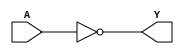
module notgate (
  A,
  Y
  );
  
  parameter DATA_WIDTH = 1;
   
  input  [DATA_WIDTH-1:0] A;
  output [DATA_WIDTH-1:0] Y;
  
  wire   [DATA_WIDTH-1:0] A;
  wire   [DATA_WIDTH-1:0] Y;
  
  assign Y = ~A;
endmodule